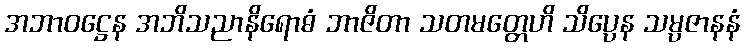
အဘာဝဋ္ဌေန အဘိသညာနိရောဓံ ဘာဇိတာ သတမတ္တေဟိ သိပ္ပေန သမ္ပဇာနနံ